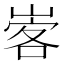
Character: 㟯